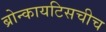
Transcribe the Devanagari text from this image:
ब्रोन्कायटिसचीच